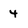
Character: 4